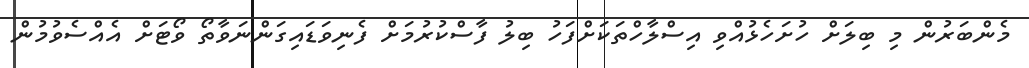
މެންބަރުން މި ބިލަށް ހުށަހެޅުއްވި އިސްލާހްތަކަށްފަހު ބިލު ފާސްކުރުމަށް ފެނިވަޑައިގަންނަވާތޯ ވޯޓަށް އެއްސެވުމުން